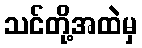
သင်တို့အထဲမှ